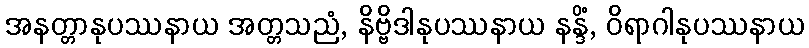
အနတ္တာနုပဿနာယ အတ္တသညံ, နိဗ္ဗိဒါနုပဿနာယ နန္ဒိံ, ဝိရာဂါနုပဿနာယ